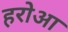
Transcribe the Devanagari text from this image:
हरोआ